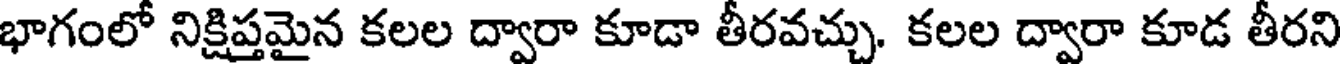
భాగంలో నిక్షిప్తమైన కలల ద్వారా కూడా తీరవచ్చు. కలల ద్వారా కూడ తీరని